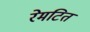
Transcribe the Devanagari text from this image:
रेमटित